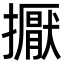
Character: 擫